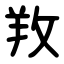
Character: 䍩